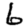
Digit: 6